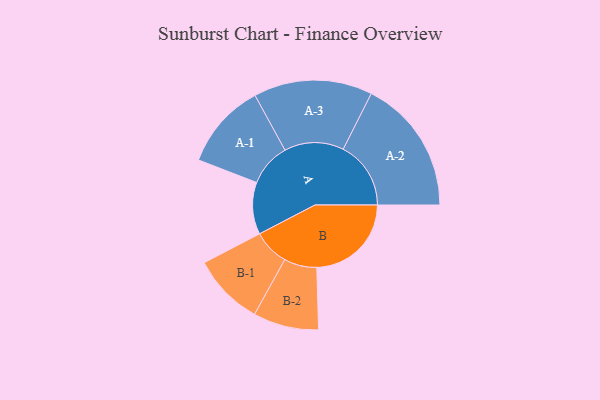
{"axis": {"x": "Segment", "y": "Value"}, "legend": ["", "A", "B"], "data": [{"x": "A", "y": 213, "type": ""}, {"x": "B", "y": 387, "type": ""}, {"x": "A-1", "y": 176, "type": "A"}, {"x": "A-2", "y": 277, "type": "A"}, {"x": "A-3", "y": 243, "type": "A"}, {"x": "B-1", "y": 147, "type": "B"}, {"x": "B-2", "y": 134, "type": "B"}]}